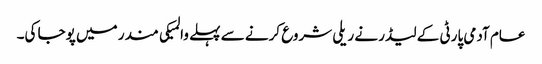
عام آدمی پارٹی کے لیڈر نے ریلی شروع کرنے سے پہلے والمیکی مندر میں پوجا کی۔